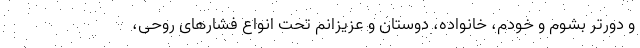
و دورتر بشوم و خودم، خانواده، دوستان و عزیزانم تحت انواع فشارهای روحی،